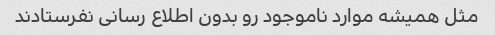
مثل همیشه موارد ناموجود رو بدون اطلاع رسانی نفرستادند